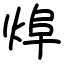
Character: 㷆